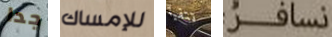
جدا للإمساك تتقيأ نسافر